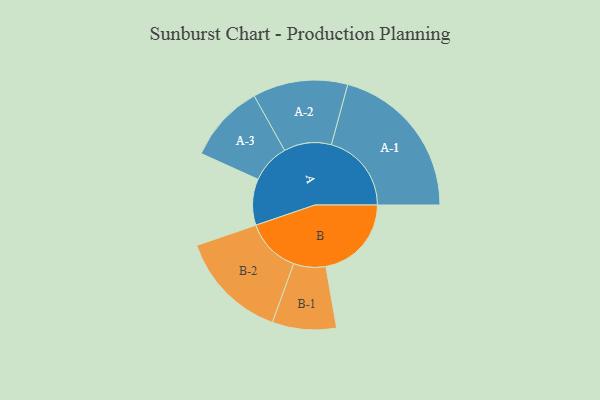
{"axis": {"x": "Segment", "y": "Value"}, "legend": ["", "A", "B"], "data": [{"x": "A", "y": 150, "type": ""}, {"x": "B", "y": 278, "type": ""}, {"x": "A-1", "y": 260, "type": "A"}, {"x": "A-2", "y": 154, "type": "A"}, {"x": "A-3", "y": 127, "type": "A"}, {"x": "B-1", "y": 104, "type": "B"}, {"x": "B-2", "y": 178, "type": "B"}]}